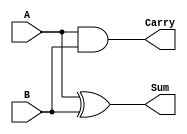
module HalfAdder (A, B, Sum, Carry);
input A, B;
output Sum, Carry;
assign Sum = A ^ B;
//^ denotes XOR
assign Carry = A & B;
// & denotes AND
endmodule